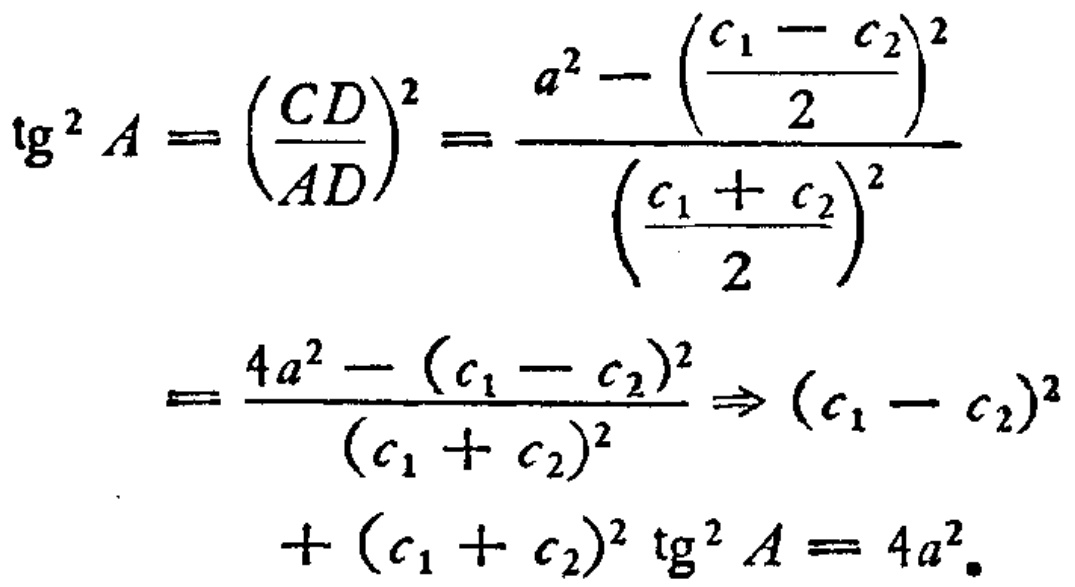
\[\begin{align*}
\mathrm{tg}^{2}A&=\left(\frac{CD}{AD}\right)^{2}=\frac{a^{2}-\left(\frac{c_{1}-c_{2}}{2}\right)^{2}}{\left(\frac{c_{1}+c_{2}}{2}\right)^{2}}\\
&=\frac{4a^{2}-(c_{1}-c_{2})^{2}}{(c_{1}+c_{2})^{2}}\Rightarrow (c_{1}-c_{2})^{2}\\
&\quad+(c_{1}+c_{2})^{2}\mathrm{tg}^{2}A = 4a^{2}.
\end{align*}\]